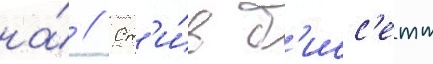
на́ // Ст'и́в б'исс'етт